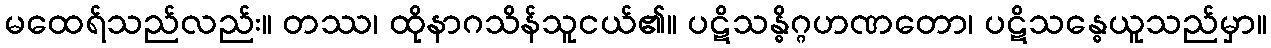
မထေရ်သည်လည်း။ တဿ၊ ထိုနာဂသိန်သူငယ်၏။ ပဋိသန္ဓိဂ္ဂဟဏတော၊ ပဋိသန္ဓေယူသည်မှာ။